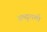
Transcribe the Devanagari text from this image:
अब्दुलली